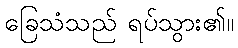
ခြေသံသည် ရပ်သွား၏။